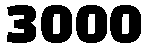
3000